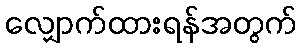
လျှောက်ထားရန်အတွက်